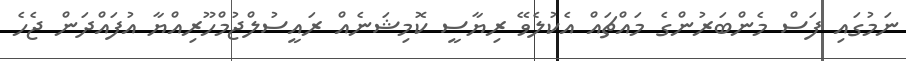
ނަމުގައި ފަސް މެންބަރުންގެ މައްޗައް އެކުލެވޭ ރިޔާސީ ކޮމިޝަނެއް ރައީސުލްޖުމްހޫރިއްޔާ އުފައްދަން ޖެހެ